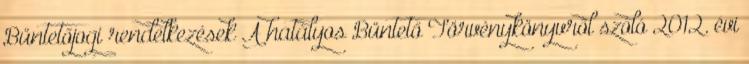
Büntetőjogi rendelkezések A hatályos Büntető Törvénykönyvről szóló 2012. évi